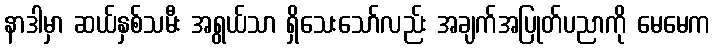
နာဒါမှာ ဆယ်နှစ်သမီး အရွယ်သာ ရှိသေးသော်လည်း အချက်အပြုတ်ပညာကို မေမေက